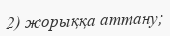
2) жорыққа аттану;